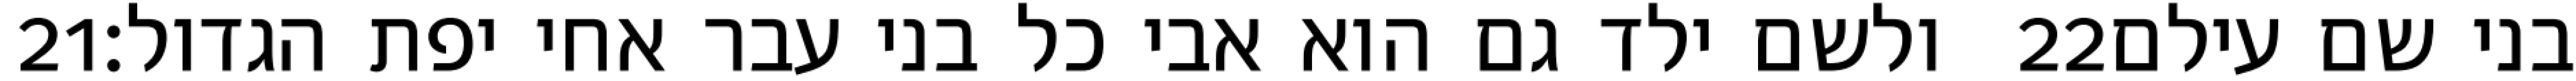
‎21‏ ולשם ילד גם הוא אבי כל בני עבר אחי יפת הגדול׃ ‎22‏ בני שם עילם